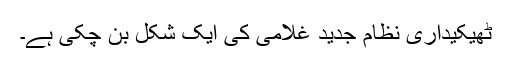
ٹھیکیداری نظام جدید غلامی کی ایک شکل بن چکی ہے۔